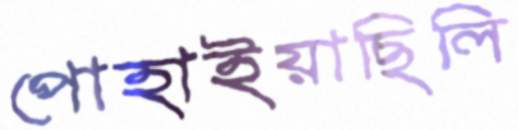
পোহাইয়াছিলি